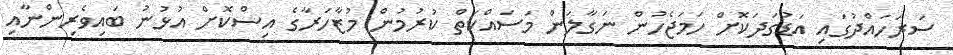
ސަރަހައްދުގައި އަޑުގަދަކޮށް ހަމަޖެހުން ނަގާލަން މަސައްކަތް ކުރުމުން މުޒާހަރާގެ އިސްކޮށް އުޅުނު ބައިވެރިންނާއި